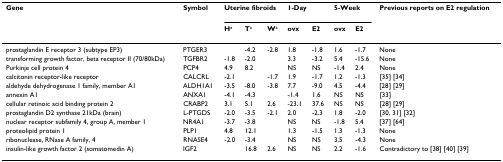
<table><thead><tr><td><b>Gene</b></td><td><b>Symbol</b></td><td colspan="3"><b>Uterine fibroids</b></td><td colspan="2"><b>1-Day</b></td><td colspan="2"><b>5-Week</b></td><td><b>Previous reports on E2 regulation</b></td></tr><tr><td></td><td></td><td><b>H<sup>a</sup></b></td><td><b>T<sup>a</sup></b></td><td><b>W<sup>a</sup></b></td><td><b>ovx</b></td><td><b>E2</b></td><td><b>ovx</b></td><td><b>E2</b></td><td></td></tr></thead><tbody><tr><td>prostaglandin E receptor 3 (subtype EP3)</td><td>PTGER3</td><td></td><td>-4.2</td><td>-2.8</td><td>1.8</td><td>-1.8</td><td>1.6</td><td>-1.7</td><td>None</td></tr><tr><td>transforming growth factor, beta receptor II (70/80kDa)</td><td>TGFBR2</td><td>-1.8</td><td>-2.0</td><td></td><td>3.3</td><td>-3.2</td><td>5.4</td><td>-15.6</td><td>None</td></tr><tr><td>Purkinje cell protein 4</td><td>PCP4</td><td>4.9</td><td>8.2</td><td></td><td>NS</td><td>NS</td><td>-1.4</td><td>2.4</td><td>None</td></tr><tr><td>calcitonin receptor-like receptor</td><td>CALCRL</td><td>-2.1</td><td></td><td>-1.7</td><td>1.9</td><td>-1.7</td><td>1.2</td><td>-1.3</td><td>[35] [34]</td></tr><tr><td>aldehyde dehydrogenase 1 family, member A1</td><td>ALDH1A1</td><td>-3.5</td><td>-8.0</td><td>-3.8</td><td>7.7</td><td>-9.0</td><td>4.5</td><td>-4.4</td><td>[28] [29]</td></tr><tr><td>annexin A1</td><td>ANXA1</td><td>-4.1</td><td>-4.3</td><td></td><td>-1.4</td><td>1.6</td><td>NS</td><td>NS</td><td>[33]</td></tr><tr><td>cellular retinoic acid binding protein 2</td><td>CRABP2</td><td>3.1</td><td>5.1</td><td>2.6</td><td>-23.1</td><td>37.6</td><td>NS</td><td>NS</td><td>[28] [29]</td></tr><tr><td>prostaglandin D2 synthase 21kDa (brain)</td><td>L-PTGDS</td><td>-2.0</td><td>-3.5</td><td>-2.1</td><td>2.0</td><td>-2.3</td><td>1.8</td><td>-2.0</td><td>[30, 31] [32]</td></tr><tr><td>nuclear receptor subfamily 4, group A, member 1</td><td>NR4A1</td><td>-3.7</td><td>-3.8</td><td></td><td>NS</td><td>NS</td><td>-1.8</td><td>5.4</td><td>[37] [64]</td></tr><tr><td>proteolipid protein 1</td><td>PLP1</td><td>4.8</td><td>12.1</td><td></td><td>1.3</td><td>-1.5</td><td>1.3</td><td>-1.3</td><td>None</td></tr><tr><td>ribonuclease, RNase A family, 4</td><td>RNASE4</td><td>-2.0</td><td>-3.4</td><td></td><td>NS</td><td>NS</td><td>3.5</td><td>-4.3</td><td>None</td></tr><tr><td>insulin-like growth factor 2 (somatomedin A)</td><td>IGF2</td><td></td><td>16.8</td><td>2.6</td><td>NS</td><td>NS</td><td>2.2</td><td>-1.6</td><td>Contradictory to [38] [40] [39]</td></tr></tbody></table>